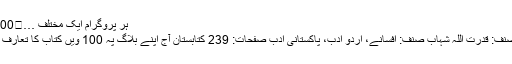
ہر پروگرام ایک مختلف …	100- سرخ فیتہ از قدرت اللہ شہاب
سرخ فیتہ از قدرت اللہ شہاب مصنف: قدرت اللہ شہاب صنف: افسانے، اردو ادب، پاکستانی ادب صفحات: 239 کتابستان آج اپنے بلاگ پہ 100 ویں کتاب کا تعارف و تبصرہ پیش کرنے جا رہا ہے۔